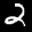
Label: 2